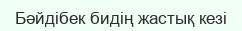
Бәйдібек бидің жастық кезі